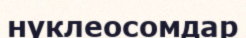
нуклеосомдар